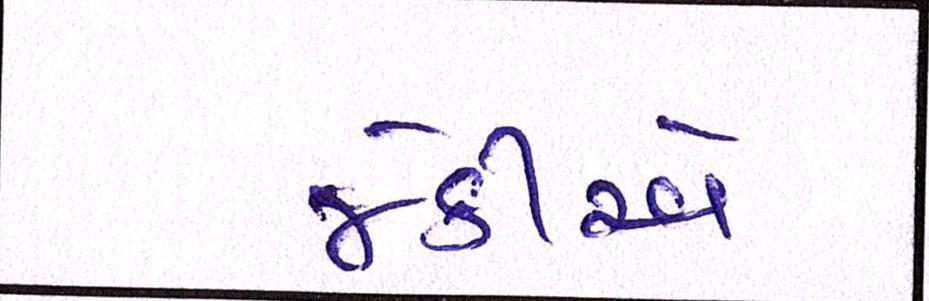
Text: જેકીએ